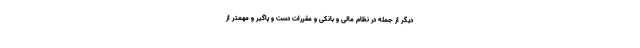
دیگر از جمله در نظام مالی و بانکی و مقررات دست و پاگیر و مهمتر از